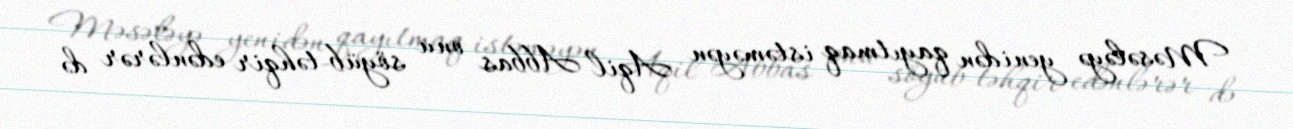
Məsələyə yenidən qayıtmaq istəməyən Aqil Abbas onu söyüb-təhqir edənlərər də